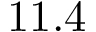
1 1 . 4